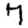
Digit: 7